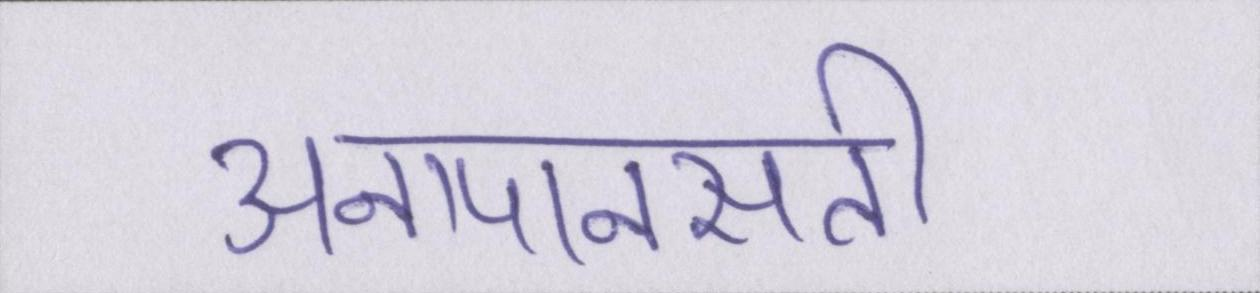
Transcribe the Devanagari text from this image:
अनापानसती